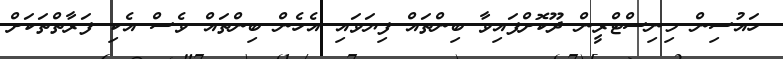
ހައުސިން މިނިސްޓްރީން ދޫކޮށްފައިވާ ބިންތައް ފިޔަވައި އެހެން ބިންތައް ވެސް އެކި ފަރާތްތަކަށް